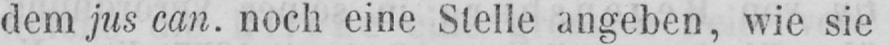
dem jus can. noch eine Stelle angeben, wie sie